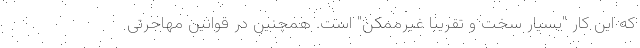
که این کار "بسیار سخت و تقریبا غیرممکن" است. همچنین در قوانین مهاجرتی